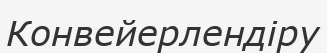
Конвейерлендіру